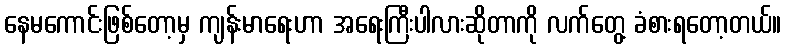
နေမကောင်းဖြစ်တော့မှ ကျန်းမာရေးဟာ အရေးကြီးပါလားဆိုတာကို လက်တွေ့ ခံစားရတော့တယ်။